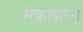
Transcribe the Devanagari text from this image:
मेकलारेन